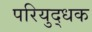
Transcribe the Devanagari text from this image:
परियुद्धक